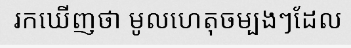
រកឃើញថា មូលហេតុចម្បងៗដែល